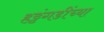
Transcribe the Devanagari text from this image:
हट्टंगडींच्या